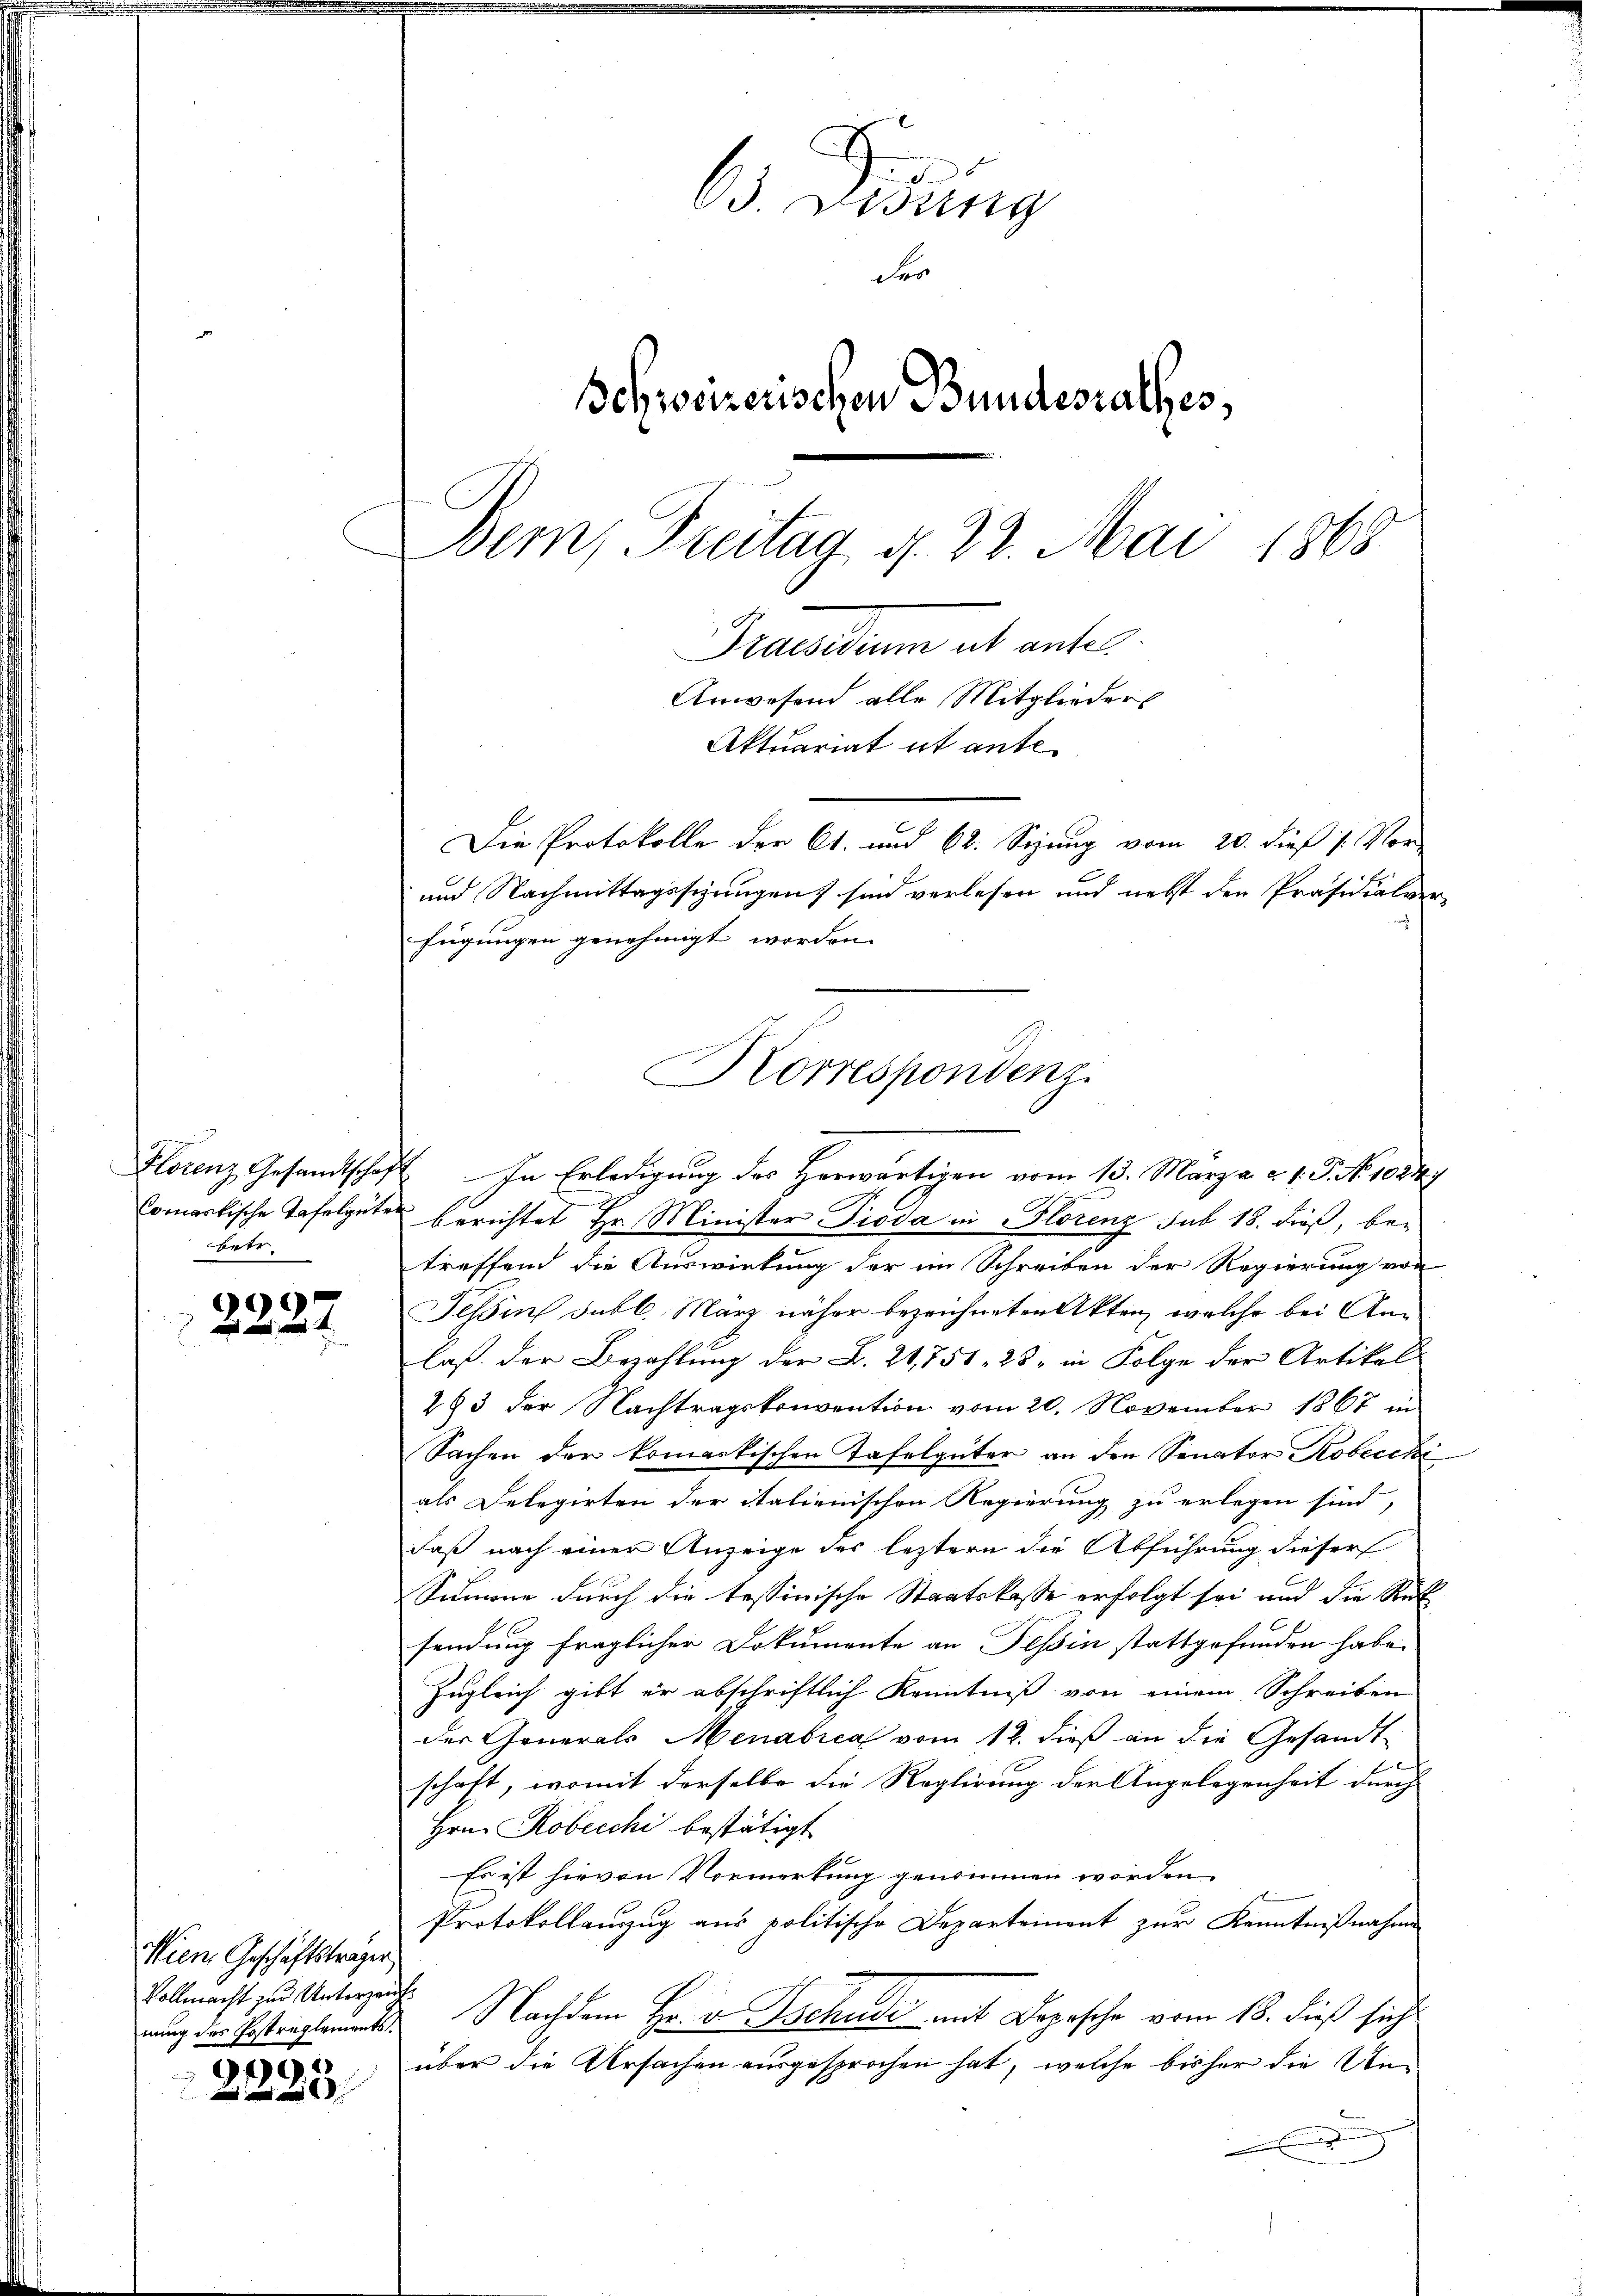
betr

2227

Wien Geschäftsträger
Vollmacht zur Unterzeit.

9

d. Besing
der
Schweizerischen Bundesrathes,
Bem, Freitag, d. 23. Mai 1868
Praesidium ab antel
Anwesend alle Mitglieders
Aktuariat it ante¬
Die Protokolle der C. und 68. Seizung vom 20. dieß s. Vor
und Nachmittagsschungen sind verlesen und nebst den Präsidialver-

fügungen genehmigt worden.
Comarkische Tafelgüter berichtet Hr. Minister Pioda in Florenz sub 18. dieß, betreffend die Auswirkung der im Schreiben der Regierung von
Tessin Jabl. März näher bezeichneten Akten, welche bei Anlaß. der Bezahlung der L. 21,751. 28, in Folge der Artikel
283 der Nachtragskonvention vom 20. November 1867 in
Sachen der komarkischen Tafelgüter an den Senator Kobecchi
als Delegirten der italienischen Regierung zu erlegen sind,
Faß nach einer Anzeige des leztern die Abführung dieser
Summe durch die tessinische Staatskasse erfolgt sei und die Rut
sendung fraglicher Dokumente an Tessin stattgefunden habe.
Zugleich gibt er abschriftlich Kenntniß von einem Schreiben
der Generals Menabica vom 12. dieß an die Gesandt-
ict
schaft, womit derselbe die Reglirung der Angelegenheit durch
Hrn. Robecchi bestätigt
Es ist hievon Vormerkung genommen worden
Protokollauszug aus politische Departement zur Kenntnißnahme
nung der Gestrakterint. Nachdem Hr. v. Tschudi mit Depesche vom 18. dieß sich
über die Ursachen ausgesprochen hat, welche bisher die Un¬

Korrespondenz.
Florenz Gesandtschaft In Erledigung des Herwärtigen vom 15. März a. a. 1. J. No. 10847